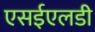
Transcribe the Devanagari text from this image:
एसईएलडी